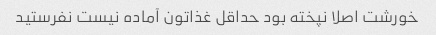
خورشت اصلا نپخته بود حداقل غذاتون آماده نیست نفرستید